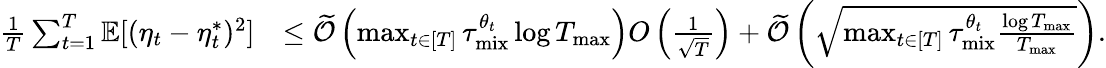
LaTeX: \begin{array}{rl}{\frac{1}{T}\sum_{t=1}^{T}\mathbb{E}[(\eta_{t}-\eta_{t}^{*})^{2}]}&{\leq\widetilde{\mathcal{O}}\left(\operatorname*{max}_{t\in[T]}\tau_{\mathrm{mix}}^{\theta_{t}}\log T_{\operatorname*{max}}\right)O\left(\frac{1}{\sqrt{T}}\right)+\widetilde{\mathcal{O}}\left(\sqrt{\operatorname*{max}_{t\in[T]}\tau_{\mathrm{mix}}^{\theta_{t}}\frac{\log T_{\operatorname*{max}}}{T_{\operatorname*{max}}}}\right).}\end{array}